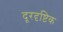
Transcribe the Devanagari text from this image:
दूरदृष्टिक